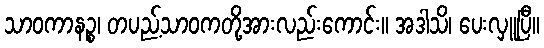
သာဝကာနဉ္စ၊ တပည့်သာဝကတို့အားလည်းကောင်း။ အဒါသိ၊ ပေးလှူပြီ။